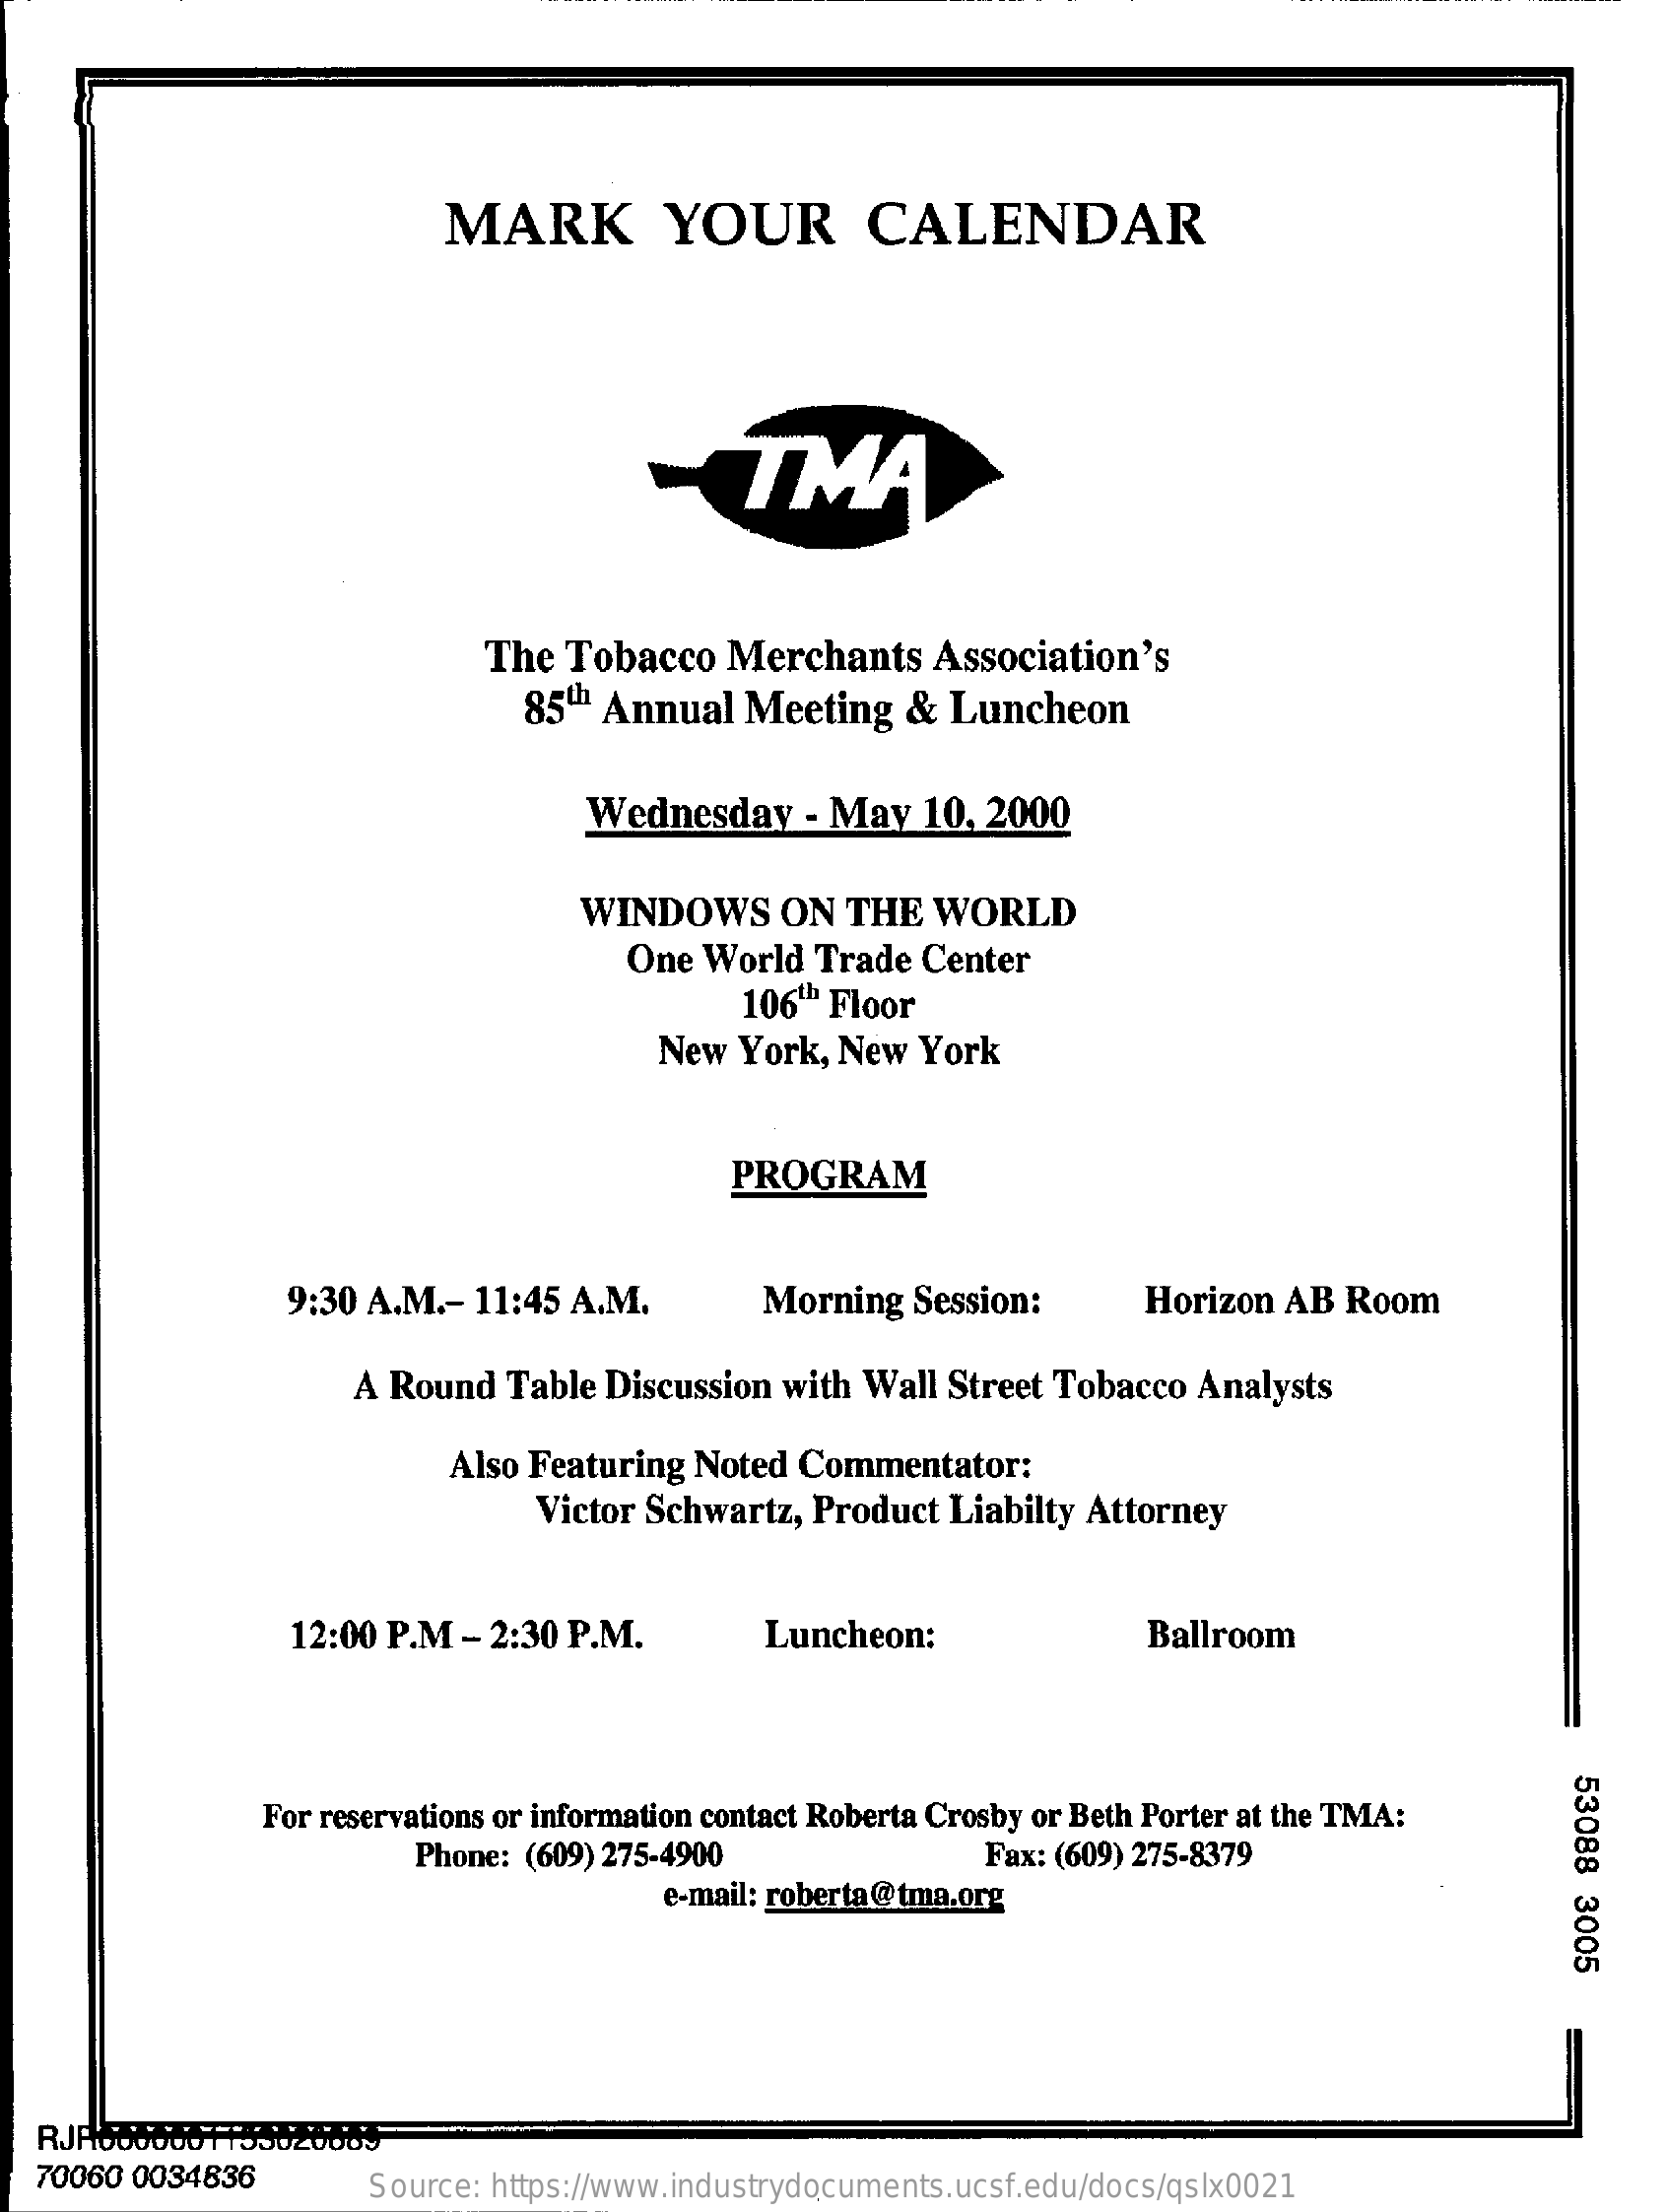
MARK    YOUR    CALENDAR
     TMA
     The Tobacco  Merchants   Association's
     85th Annual Meeting  &  Luncheon
     Wednesday   - May  10, 2000
     WINDOWS    ON  THE  WORLD
     One World Trade Center
     106" Floor
     New  York, New York
     PROGRAM
     9:30 A.M .- 11:45 A.M.    Morning  Session:    Horizon AB Room
     A Round  Table Discussion with Wall Street Tobacco Analysts
     Also Featuring Noted Commentator:
     Victor Schwartz, Product Liabilty Attorney
     12:00 P.M - 2:30 P.M.    Luncheon:    Ballroom
     53088
     3005
     For reservations or information contact Roberta Crosby or Beth Porter at the TMA:
     Phone: (609) 275-4900    Fax: (609) 275-8379
     e-mail: roberta@tma.org
  70060 0034836    Source: https://www.industrydocuments.ucsf.edu/docs/qslx0021